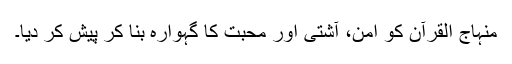
منہاج القرآن کو امن، آشتی اور محبت کا گہوارہ بنا کر پیش کر دیا۔